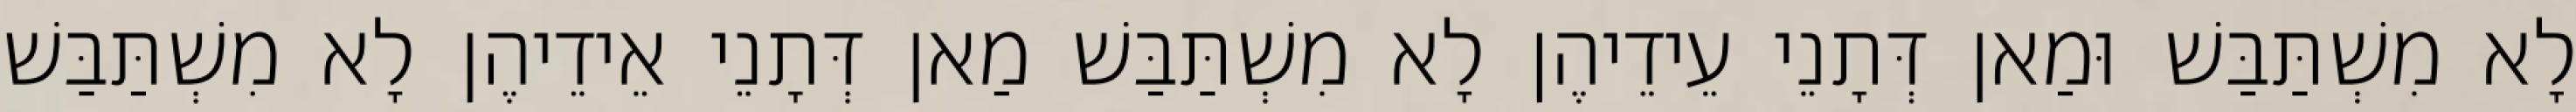
לָא מִשְׁתַּבַּשׁ וּמַאן דְּתָנֵי עֵידֵיהֶן לָא מִשְׁתַּבַּשׁ מַאן דְּתָנֵי אֵידֵיהֶן לָא מִשְׁתַּבַּשׁ